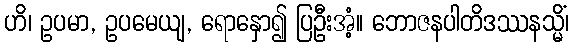
ဟိ၊ ဥပမာ, ဥပမေယျ, ရောနှော၍ ပြဦးအံ့။ ဘောဇနပါတိဒဿနသ္မိံ၊